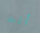
أنت